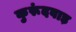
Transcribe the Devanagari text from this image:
कुरूंदवाड़